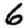
Digit: 6